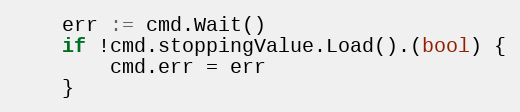
Language: Go
	err := cmd.Wait()
	if !cmd.stoppingValue.Load().(bool) {
		cmd.err = err
	}